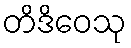
တိဒိဝေသု